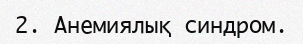
2.	Анемиялық синдром.